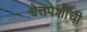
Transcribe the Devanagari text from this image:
श्वेतपेशींची